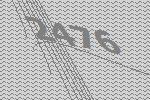
2476